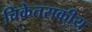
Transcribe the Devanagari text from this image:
चिकेतसकीय